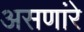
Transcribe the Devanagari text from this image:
असणांरे